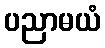
ပညာမယံ